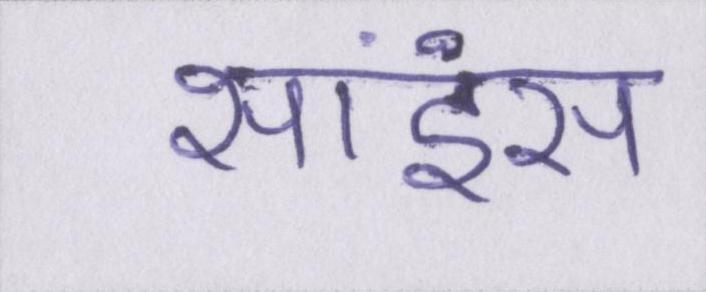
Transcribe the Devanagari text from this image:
साइंस